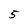
Character: 5